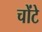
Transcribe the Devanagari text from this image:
चोंटे